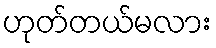
ဟုတ်တယ်မလား